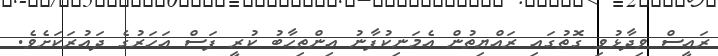
ރައީސް ވިދާޅުވި ގޮތުގައި ރައްޔިތުން އެމަނިކުފާނު އިންތިހާބު ކުރީ ފަސް އަހަރުގެ ދައުރަކަށެވެ.